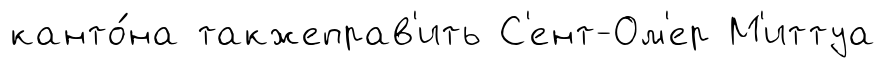
канто́на такжеправ'ить С'ент-Ом'ер М'иттуа